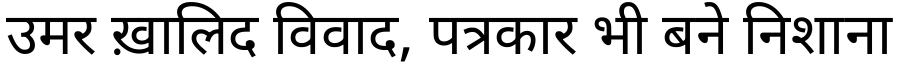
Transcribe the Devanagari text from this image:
उमर ख़ालिद विवाद, पत्रकार भी बने निशाना